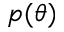
p ( \theta )